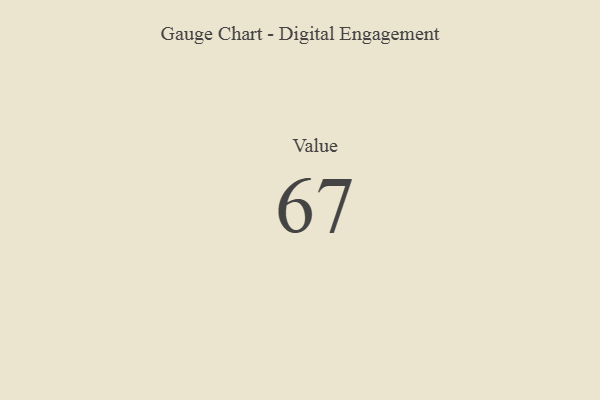
{"axis": {"x": "Metric", "y": "Value"}, "legend": [""], "data": [{"x": "Value", "y": 67, "type": ""}]}